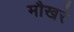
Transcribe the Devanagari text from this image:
मौखरे